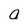
Character: a